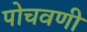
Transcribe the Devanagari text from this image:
पोचवणी